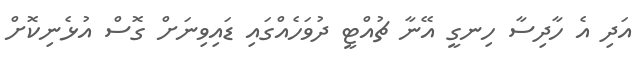
އަދި އެ ހާދިސާ ހިނގީ އޭނާ ޗުއްޓީ ދުވަހެއްގައި ޑައިވިނަށް ގޮސް އުޅެނިކޮށް